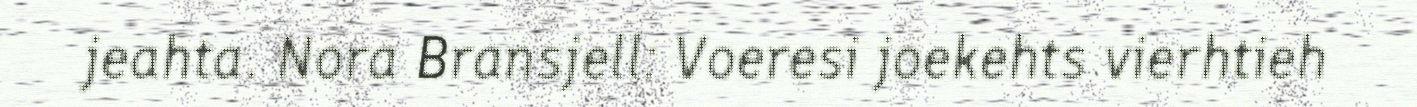
jeahta. Nora Bransjell: Voeresi joekehts vierhtieh